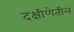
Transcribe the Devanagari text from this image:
दक्षीणेतील